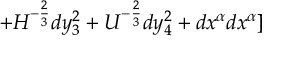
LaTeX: + H ^ { - { \frac { 2 } { 3 } } } d y _ { 3 } ^ { 2 } + U ^ { - { \frac { 2 } { 3 } } } d y _ { 4 } ^ { 2 } + d x ^ { \alpha } d x ^ { \alpha } ]